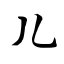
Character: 儿